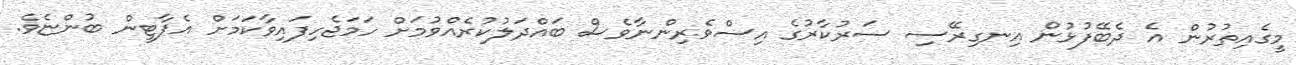
މީގެއިތުރުން އެ ދެބޭފުޅުން އިނގިރޭސި ސަރުކާރުގެ އިސްވެރިންނާވެސް ބައްދަލުކުރެއްވުމަށް ހަމަޖެހިފައިވާކަމަށް އެޕާޓީން ބުންޏެވެ.